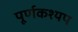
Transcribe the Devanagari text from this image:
पूर्णकश्यप